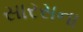
સારસના